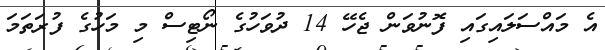
އެ މައްސަލައިގައި ފޮނުވަން ޖެހޭ 14 ދުވަހުގެ ނޯޓިސް މި މަހުގެ ފުރަތަމަ